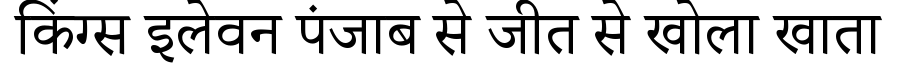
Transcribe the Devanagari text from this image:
किंग्स इलेवन पंजाब से जीत से खोला खाता